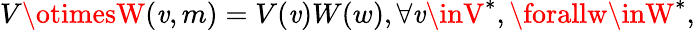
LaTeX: V\otimesW(\mathit{v},m)=V(\mathit{v})W(w),\forall\mathit{v}\inV^{*},\forallw\inW^{*},